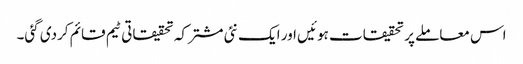
اس معاملے پر تحقیقات ہوئیں اور ایک نئی مشترکہ تحقیقاتی ٹیم قائم کردی گئی۔